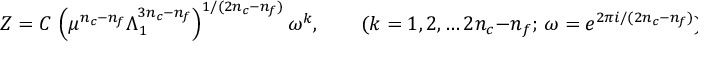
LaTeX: Z = C \, \left( \mu ^ { n _ { c } - n _ { f } } \Lambda _ { 1 } ^ { 3 n _ { c } - n _ { f } } \right) ^ { 1 / ( 2 n _ { c } - n _ { f } ) } \omega ^ { k } , \qquad ( k = 1 , 2 , \ldots 2 n _ { c } - n _ { f } ; \, \omega = e ^ { 2 \pi i / ( 2 n _ { c } - n _ { f } ) } ) ,